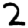
Digit: 2